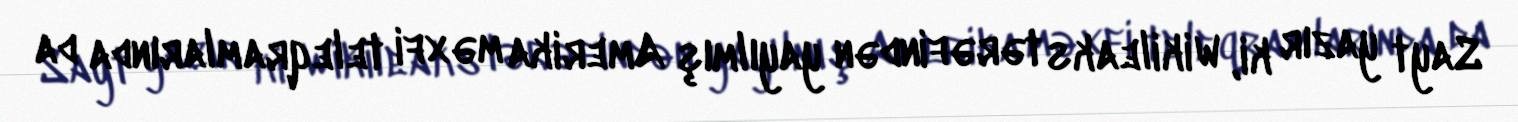
Sayt yazır ki, Wikileaks tərəfindən yayılmış Amerika məxfi teleqramlarında da